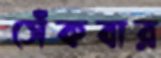
সেঁকবার